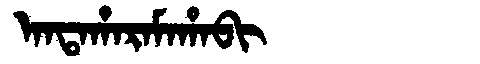
Manchu: ᠠᠨᡨᠠᡥᠠᡵᠠᠮᠠᡥᠠᠪᡳ
Romanization: ANTAHARAMAHABI